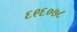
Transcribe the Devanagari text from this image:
६९६०७८